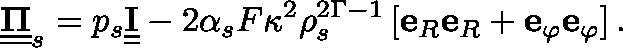
\underline { { \underline { { \mathbf { \Pi } } } } } _ { s } = p _ { s } \underline { { \underline { { \mathbf { I } } } } } - 2 \alpha _ { s } F \kappa ^ { 2 } \rho _ { s } ^ { 2 \Gamma - 1 } \left[ \mathbf { e } _ { R } \mathbf { e } _ { R } + \mathbf { e } _ { \varphi } \mathbf { e } _ { \varphi } \right] .